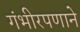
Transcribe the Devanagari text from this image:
गंभीरपणाने